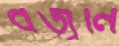
বজ্রনি